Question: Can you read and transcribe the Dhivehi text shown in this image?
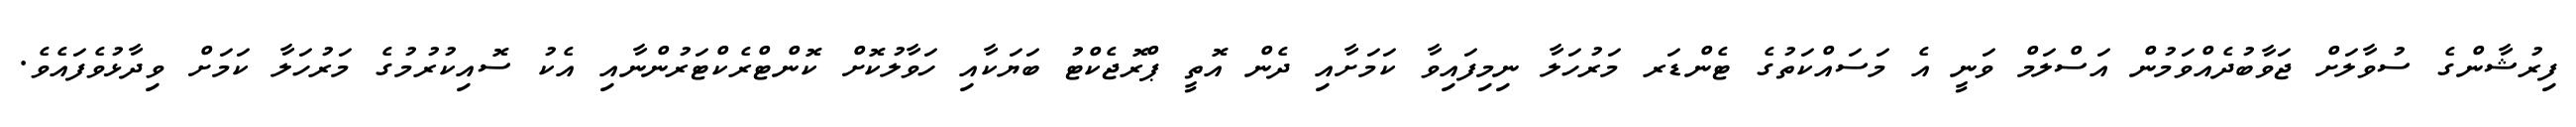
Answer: ފިރުޝާންގެ ސުވާލަށް ޖަވާބުދެއްވަމުން އަސްލަމް ވަނީ އެ މަސައްކަތުގެ ޓެންޑަރ މަރުހަލާ ނިމިފައިވާ ކަމަށާއި ދެން އޮތީ ޕްރޮޖެކްޓު ބަޔަކާއި ހަވާލުކޮށް ކޮންޓްރެކްޓަރުންނާއި އެކު ސޮއިކުރުމުގެ މަރުހަލާ ކަމަށް ވިދާޅުވެފައެވެ.